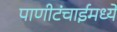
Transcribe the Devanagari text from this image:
पाणीटंचाईमध्ये